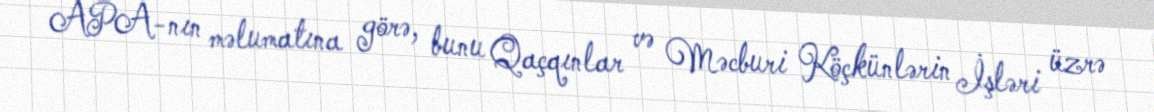
APA-nın məlumatına görə, bunu Qaçqınlar və Məcburi Köçkünlərin İşləri üzrə